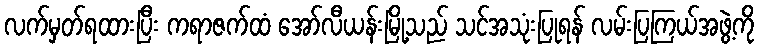
လက်မှတ်ရထားပြီး ကရာဇက်ထံ အော်လီယန်းမြို့သည် သင်အသုံးပြုရန် လမ်းပြကြယ်အဖွဲ့ကို